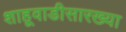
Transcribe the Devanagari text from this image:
शाहूवाडीसारख्या